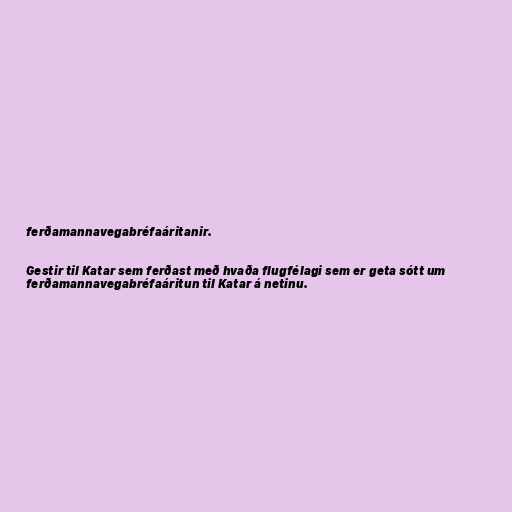
ferðamannavegabréfaáritanir.

Gestir til Katar sem ferðast með hvaða flugfélagi sem er geta sótt um
ferðamannavegabréfaáritun til Katar á netinu.